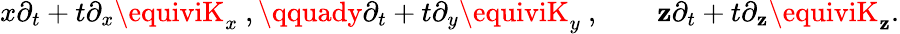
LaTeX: x\partial_{t}+t\partial_{x}\equiviK_{x}~,\qquady\partial_{t}+t\partial_{y}\equiviK_{y}~,\qquad\mathbf{z}\partial_{t}+t\partial_{\mathbf{z}}\equiviK_{\mathbf{z}}.